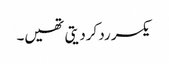
یکسر رد کردیتی تھیں۔